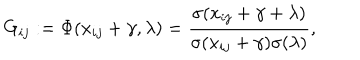
LaTeX: G _ { i j } : = \Phi ( x _ { i j } + \gamma , \lambda ) = \frac { \sigma ( x _ { i j } + \gamma + \lambda ) } { \sigma ( x _ { i j } + \gamma ) \sigma ( \lambda ) } ,